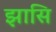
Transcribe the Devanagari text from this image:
झासि